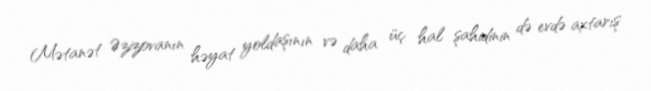
Mətanət Əzizovanın həyat yoldaşının və daha üç hal şahidinin də evdə axtarış